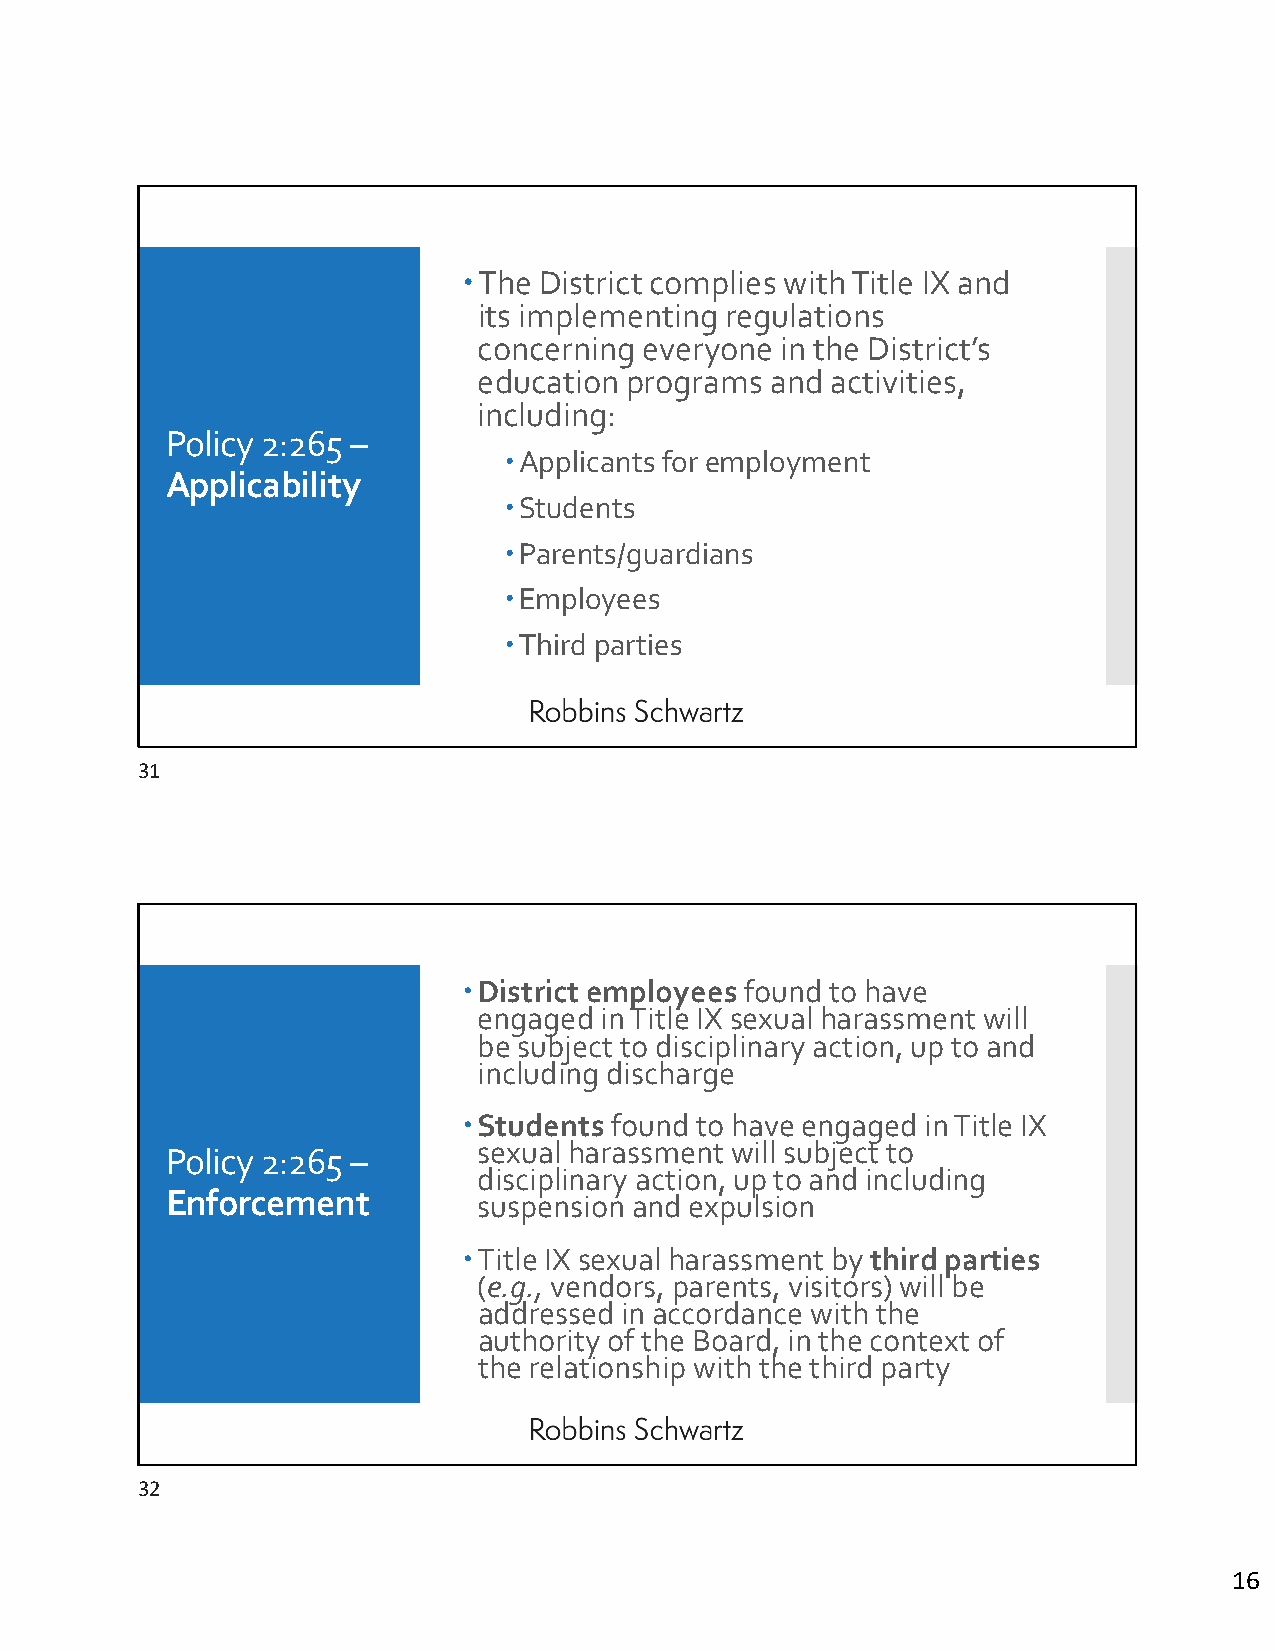
The District complies with Title IX and
 its implementing regulations
 concerning everyone in the District’s
 education programs and activities,
 including:
 Policy 2:265 –
 Applicants for employment
 Applicability
 Students
 Parents/guardians
 Employees
 Third parties
 31
 District employees found to have
 engaged in Title IX sexual harassment will
 be subject to disciplinary action, up to and
 including discharge
 Students found to have engaged in Title IX
 sexual harassment will subject to
 Policy 2:265 –
 disciplinary action, up to and including
 Enforcement
 suspension and expulsion
 Title IX sexual harassment by third parties
 (e.g., vendors, parents, visitors) will be
 addressed in accordance with the
 authority of the Board, in the context of
 the relationship with the third party
 32
 16